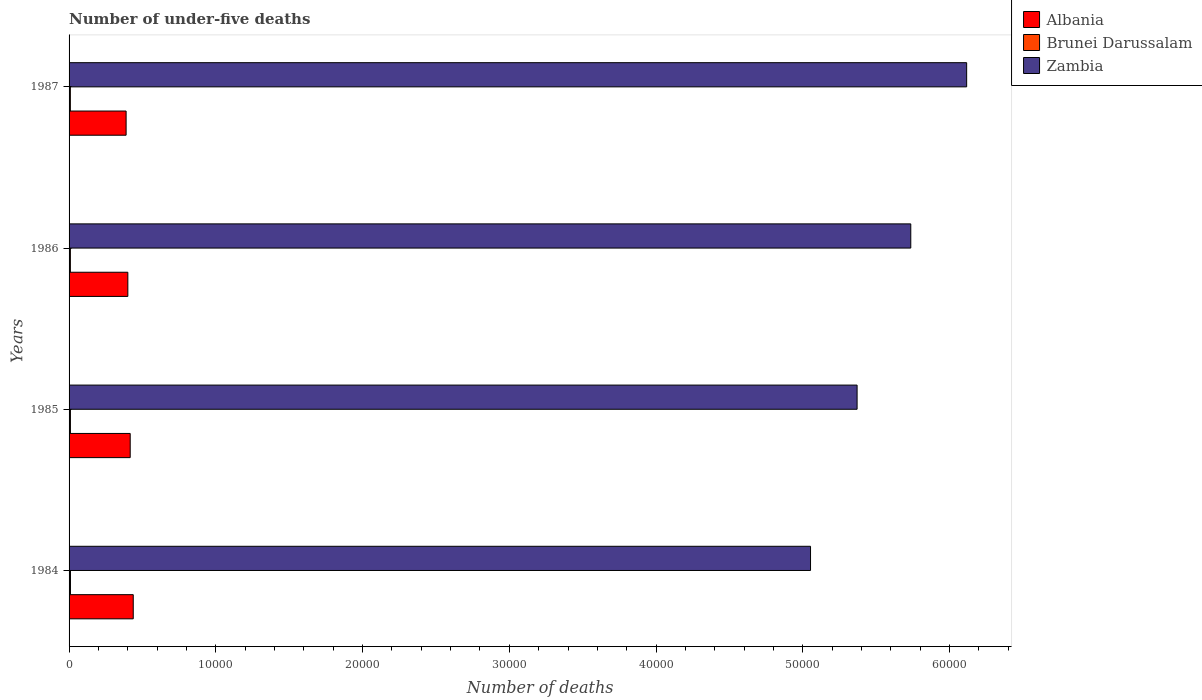
| Years | Albania | Brunei Darussalam | Zambia |
 | --- | --- | --- | --- |
 | 1984 | 4.37e+03 | 95 | 5.05e+04 |
 | 1985 | 4.17e+03 | 92 | 5.37e+04 |
 | 1986 | 4.00e+03 | 89 | 5.74e+04 |
 | 1987 | 3.89e+03 | 88 | 6.12e+04 |